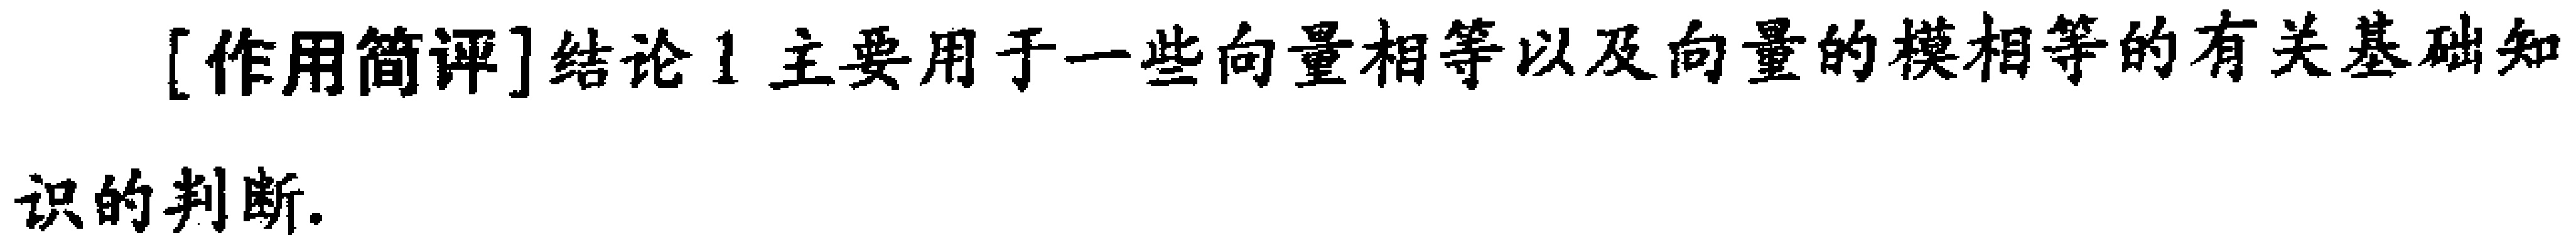
[作用简评]结论1主要用于一些向量相等以及向量的模相等的有关基础知识的判断.